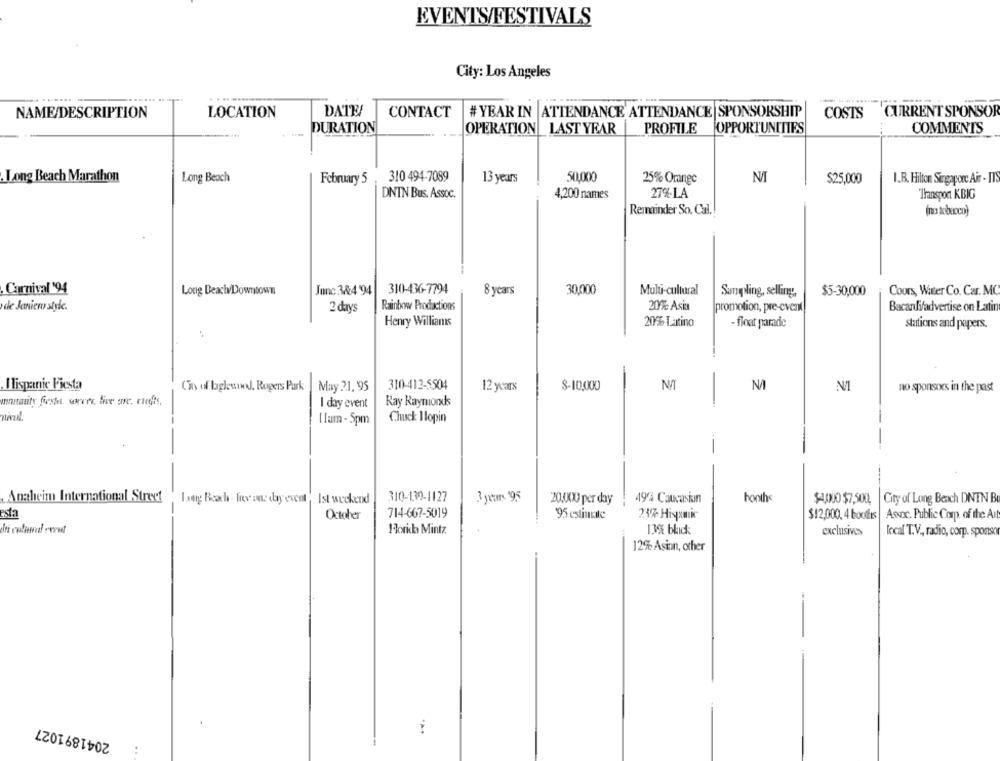
EVENTS/FESTIVALS
City: Los Angeles
...-
NAME/DESCRIPTION
LOCATION
DATE
CONTACT
# YEAR IN ATTENDANCE ATTENDANCE SPONSORSHIP
COSTS
CURRENT SPONSOR
DURATION
OPERATION LAST YEAR
PROFILE
OPPORTUNITIES
COMMENTS
.Long Beach Marathon
Long Beach
February 5
310 494-7089
13 years
50.000
25% Orange
$25,000
I.B. Hilton Singapore Air - ITS
DNTN Bus. Assoc.
4,200 names
27%.LA
"Transport KBIG
Remainder So. Cal.
(no tobacco)
310-436-7794
30,000
Multi-cultural
Carnival '94
Long BeachvDowntown
June 3224 '94
8 years
Sampling, selling,
$5-30,000
Cours, Water Co. Car. MC
de Janiero style.
2 days
Rainbow Productions
20% Asia
promotion, pre-event
Bacandifadvertise on Latin
Henry Willians
20% Latino
- float parade
Stations and papers.
ITispanie Fiesta
City of laglesod. Rogers Park |May 21. 95
310-412-5504
12 years
$-10,000
NA
N/I
no sponsors in the past
wutanty firster sever Live one. riedfre,
I day event
Ray Raymonds
Chuck Hopin
[ Ium- 5pm
-
Anaheim International Street "Laeg Beach. frev ons day event " Ist weekend
310-139-1127
3 years 195
20,000 per day
49% Caucasian
hooths
$4000 $7,500
City of Long Beach DNTN B
esta
October
714-667-5019
95 estinutte
21% Hispanic
$12,000, 4 bouffis | Assoc. Public Comp. of the Au
Hori Mintz.
1339 blick
exclusives
local T.V, radio, corp. sponsor
12% Asian, other
2041891027
: